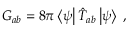
G _ { a b } = 8 \pi \left< \psi \right| \hat { T } _ { a b } \left| \psi \right> \; ,